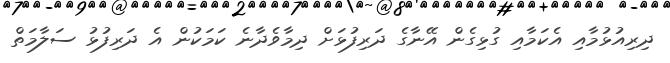
ދިރިއުޅުމާއި އެކަމާއި ގުޅިގެން އޭނާގެ ދަރިފުޅަށް ދިމާވެދާނެ ކަމަކުން އެ ދަރިފުޅު ސަލާމަތް